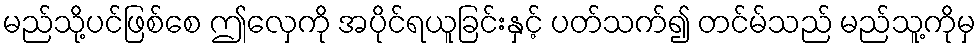
မည်သို့ပင်ဖြစ်စေ ဤလှေကို အပိုင်ရယူခြင်းနှင့် ပတ်သက်၍ တင်မ်သည် မည်သူ့ကိုမှ